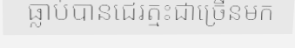
ធ្លាប់បានជេរត្មះជាច្រើនមក